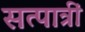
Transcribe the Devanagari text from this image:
सत्पात्रीं